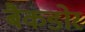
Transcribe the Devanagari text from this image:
बैकडोर